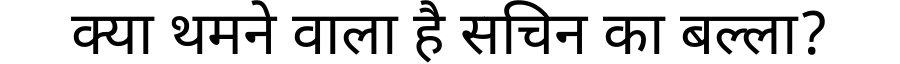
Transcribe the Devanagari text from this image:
क्या थमने वाला है सचिन का बल्ला?